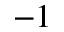
^ { - 1 }